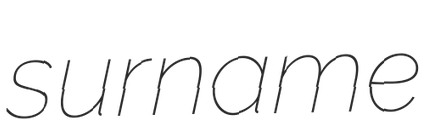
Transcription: surname